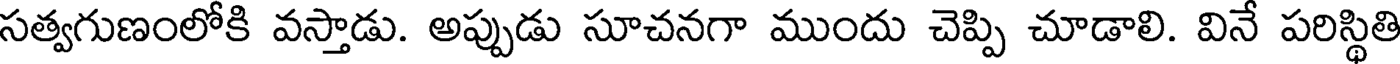
సత్వగుణంలోకి వస్తాడు. అప్పుడు సూచనగా ముందు చెప్పి చూడాలి. వినే పరిస్థితి